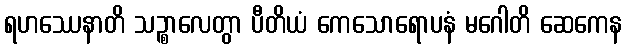
ရဟဿေနာတိ သဉ္စာလေတွာ ပီတိယံ ကေသောရောပနံ မဂေါတိ ဆေကေန